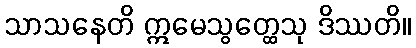
သာသနေတိ ဣမေသွတ္ထေသု ဒိဿတိ။